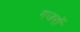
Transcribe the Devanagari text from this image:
गजरों